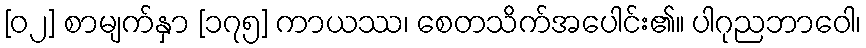
[၀၂] စာမျက်နှာ [၁၇၅] ကာယဿ၊ စေတသိက်အပေါင်း၏။ ပါဂုညဘာဝေါ၊